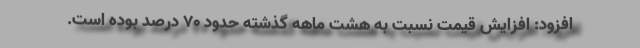
افزود:‌ افزایش قیمت نسبت به هشت ماهه گذشته حدود 70 درصد بوده است.